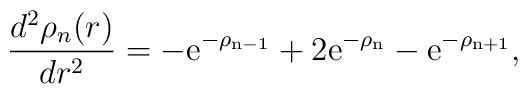
\frac{d^2 \rho_n(r)}{dr^2}=-\rm{e}^{-\rho_{n-1}}+2\rm{e}^{-\rho_{n}}-\rm{e}^{-\rho_{n+1}},